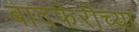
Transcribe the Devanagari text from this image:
बादफेरीच्या